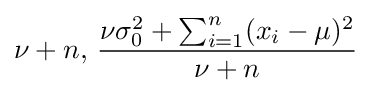
\nu +n,\,{\frac {\nu \sigma _{0}^{2}+\sum _{i=1}^{n}(x_{i}-\mu )^{2}}{\nu +n}}\!